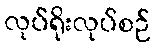
လုပ်ရိုးလုပ်စဉ်